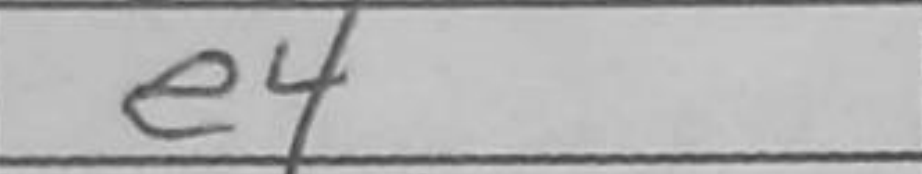
Transcription: e4